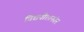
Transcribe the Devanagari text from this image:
विद्यपीठानंतर